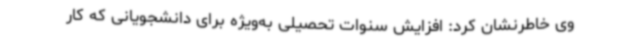
وی خاطرنشان کرد: افزایش سنوات تحصیلی به‌ویژه برای دانشجویانی که کار